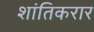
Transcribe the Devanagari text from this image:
शांतिकरार